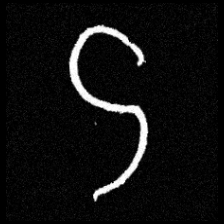
Pyu character \u2014 Myanmar letter: ဌ (romanized: ttha)